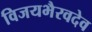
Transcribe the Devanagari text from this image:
विजयभैरवदेव